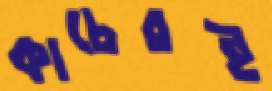
কাচেরই